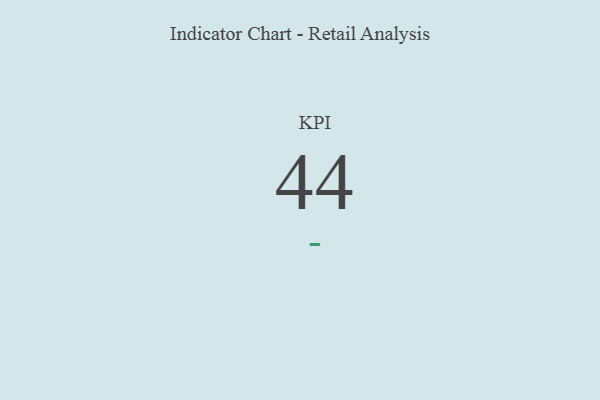
{"axis": {"x": "KPI", "y": "Value"}, "legend": [""], "data": [{"x": "KPI", "y": 44, "type": ""}]}